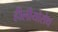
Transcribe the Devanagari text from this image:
हीलीयोसेथ